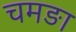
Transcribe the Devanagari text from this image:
चमङा